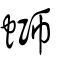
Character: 螄